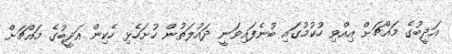
އަދީބުގެ މައްޗަށް އިއްވި ހުކުމުގައި ބުނެފައިވަނީ ދައުލަތުން ހުށަހެޅި ހެކިން އަދީބުގެ މައްޗަށް